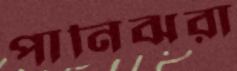
পানিঝরা